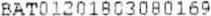
BAT01201803080169